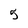
Character: 5